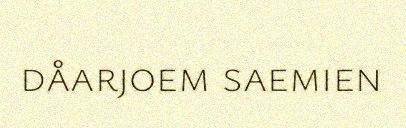
dåarjoem saemien